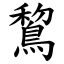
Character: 鵹